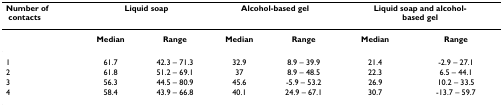
| Number of contacts | <COLSPAN=2> Liquid soap | <COLSPAN=2> Alcohol-based gel | <COLSPAN=2> Liquid soap and alcohol-based gel |
 | --- | --- | --- | --- | --- | --- | --- |
 |  | Median | Range | Median | Range | Median | Range |
 | 1 | 61.7 | 42.3 – 71.3 | 32.9 | 8.9 – 39.9 | 21.4 | -2.9 – 27.1 |
 | 2 | 61.8 | 51.2 – 69.1 | 37 | 8.9 – 48.5 | 22.3 | 6.5 – 44.1 |
 | 3 | 56.3 | 44.5 – 80.9 | 45.6 | -5.9 – 53.2 | 26.9 | 10.2 – 33.5 |
 | 4 | 58.4 | 43.9 – 66.8 | 40.1 | 24.9 – 67.1 | 30.7 | -13.7 – 59.7 |